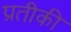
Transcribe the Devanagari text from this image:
प्रतीकी